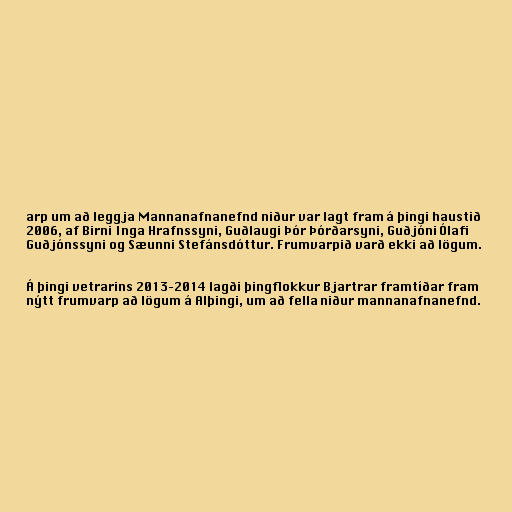
arp um að leggja Mannanafnanefnd niður var lagt fram á þingi haustið
2006, af Birni Inga Hrafnssyni, Guðlaugi Þór Þórðarsyni, Guðjóni Ólafi
Guðjónssyni og Sæunni Stefánsdóttur. Frumvarpið varð ekki að lögum.

Á þingi vetrarins 2013–2014 lagði þingflokkur Bjartrar framtíðar fram
nýtt frumvarp að lögum á Alþingi, um að fella niður mannanafnanefnd.